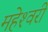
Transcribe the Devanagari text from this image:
महेश्‍वरी